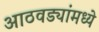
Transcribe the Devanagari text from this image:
आठवड्यांमध्ये